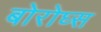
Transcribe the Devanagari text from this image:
बोरोघ्स